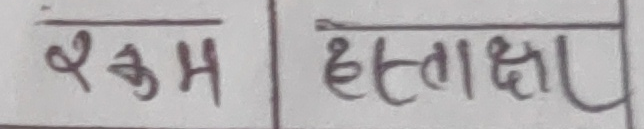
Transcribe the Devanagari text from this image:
शुद्ध हस्ताक्षर